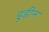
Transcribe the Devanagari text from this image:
डुडीन